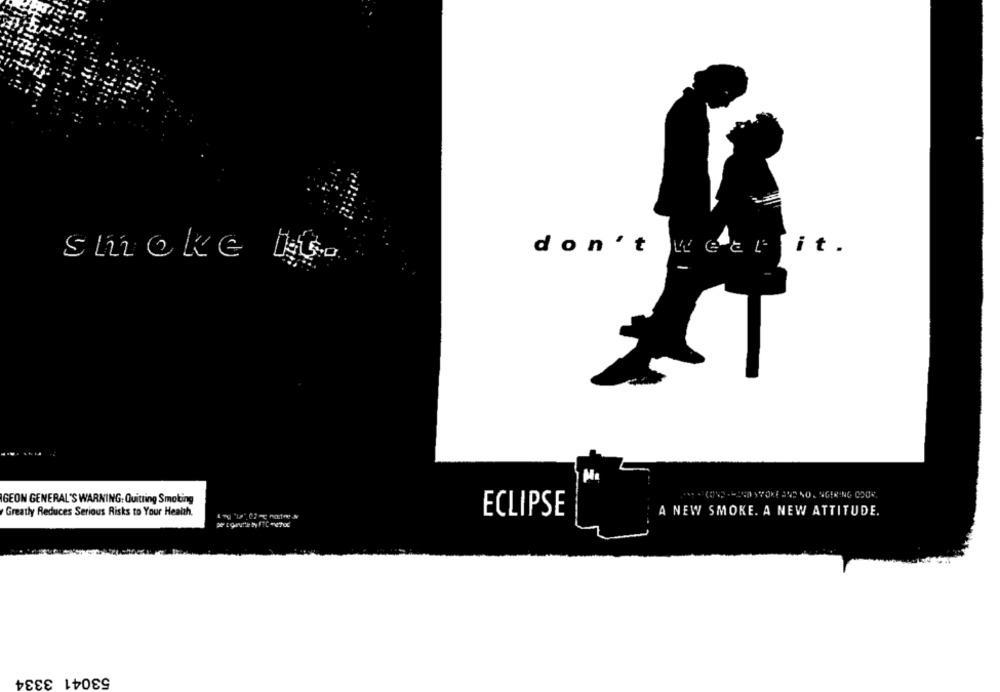
don't
Wear it.
smoke Me
... . CON8 . - 2GO STORE ENO NO. NGERING COOK.
IGEON GENERAL'S WARNING: Quitting Smoking
Greatly Reduces Serious Risks to Your Health.
ECLIPSE
A NEW SMOKE. A NEW ATTITUDE.
53041 3334